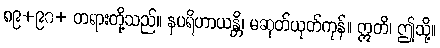
၈၉+၉၀+ တရားတို့သည်။ နပရိဟာယန္တိ၊ မဆုတ်ယုတ်ကုန်။ ဣတိ၊ ဤသို့။